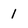
Character: 1